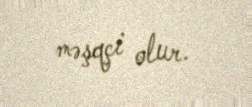
məşqçi olur.